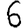
Digit: 6